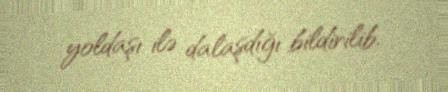
yoldaşı ilə dalaşdığı bildirilib.